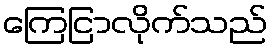
ကြေငြာလိုက်သည်